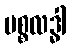
ပစ္စလဒ္ဓါ